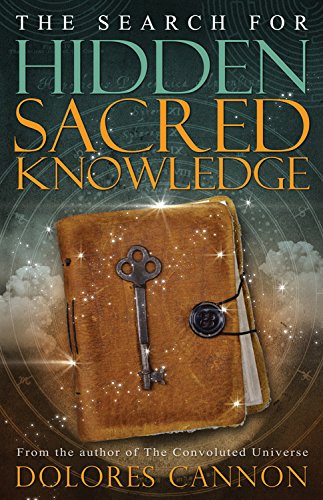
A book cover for The Search for Hidden Sacred Knowledge; Dolores Cannon; Religion & Spirituality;